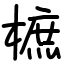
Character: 樜